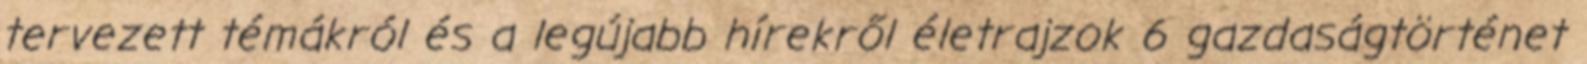
tervezett témákról és a legújabb hírekről életrajzok 6 gazdaságtörténet